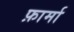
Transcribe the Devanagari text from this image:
फ़ार्मा